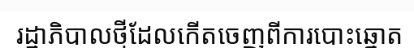
រដ្ឋាភិបាលថ្មីដែលកើតចេញពីការបោះឆ្នោត